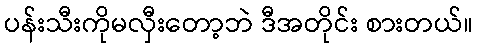
ပန်းသီးကိုမလှီးတော့ဘဲ ဒီအတိုင်း စားတယ်။